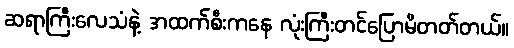
ဆရာကြီးလေသံနဲ့ အထက်စီးကနေ လုံးကြီးတင်ပြောမိတတ်တယ်။